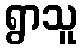
ရွာသူ